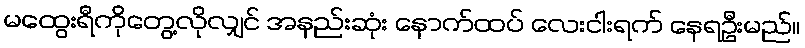
မထွေးရီကိုတွေ့လိုလျှင် အနည်းဆုံး နောက်ထပ် လေးငါးရက် နေရဦးမည်။